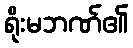
ရိုးမဘဏ်၏